Senior Leaving Certificate Examination (including Day School Certificate (Higher) General paper), 1950
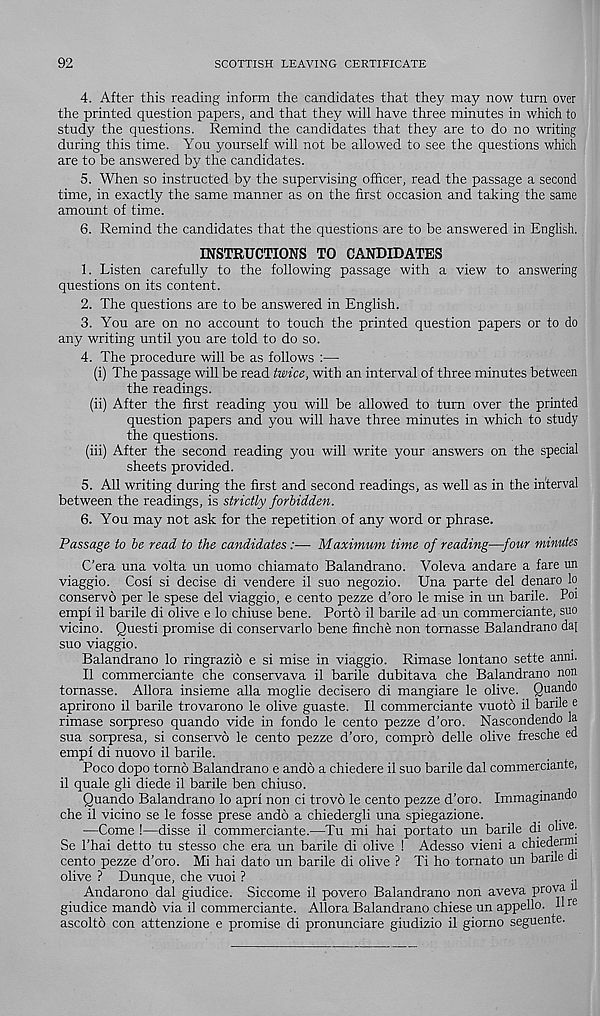
92
SCOTTISH LEAVING CERTIFICATE
4. After this reading inform the candidates that they may now turn over
the printed question papers, and that they will have three minutes in which to
study the questions. Remind the candidates that they are to do no writing
during this time. You yourself will not be allowed to see the questions which
are to be answered by the candidates.
5. When so instructed by the supervising officer, read the passage a second
time, in exactly the same manner as on the first occasion and taking the same
amount of time.
6. Remind the candidates that the questions are to be answered in English.
INSTRUCTIONS TO CANDIDATES
1. Listen carefully to the following passage with a view to answering
questions on its content.
2. The questions are to be answered in English.
3. You are on no account to touch the printed question papers or to do
any writing until you are told to do so.
4. The procedure will be as follows :—
(i) The passage will be read twice, with an interval of three minutes between
the readings.
(ii) After the first reading you will be allowed to turn over the printed
question papers and you will have three minutes in which to study
the questions.
(iii) After the second reading you will write your answers on the special
sheets provided.
5. All writing during the first and second readings, as well as in the interval
between the readings, is strictly forbidden.
6. You may not ask for the repetition of any word or phrase.
Passage to be read to the candidates:— Maximum time of reading—four minutes
C’era una volta un uomo chiamato Balandrano. Voleva andare a fare un
viaggio. Cosi si decise di vendere il suo negozio. Una parte del denaro lo
conserve per le spese del viaggio, e cento pezze d’oro le mise in un barile. Poi
empl il barile di olive e lo chiuse bene. Porto il barile ad un commerciante, suo
vicino. Questi promise di conservarlo bene finche non tomasse Balandrano da[
suo viaggio.
Balandrano lo ringrazib e si mise in viaggio. Rimase lontano sette anni.
Il commerciante che conservava il barile dubitava che Balandrano non
tornasse. Allora insieme alia moglie decisero di mangiare le olive. Quando
aprirono il barile trovarono le olive guaste. Il commerciante vuoto il barile e
rimase sorpreso quando vide in fondo le cento pezze d’oro. Nascondendo la
sua sorpresa, si conserve le cento pezze d’oro, compro delle olive fresche ed
empf di nuovo il barile.
Poco dopo torno Balandrano e andb a chiedere il suo barile dal commerciante,
il quale gli diede il barile ben chiuso.
Quando Balandrano lo aprl non ci trovo le cento pezze d’oro. Immaginando
che il vicino se le fosse prese ando a chiedergli una spiegazione.
—Come !—disse il commerciante.—Tu mi hai portato un barile di olive.
Se Thai detto tu stesso che era un barile di olive ! Adesso vieni a chiedernn
cento pezze d’oro. Mi hai dato un barile di olive ? Ti ho tomato un barile di
olive ? Dunque, che vuoi ?
Andarono dal giudice. Siccome il povero Balandrano non aveva prova i
giudice mando via il commerciante. Allora Balandrano chiese un appello. h rc
ascolto con attenzione e promise di pronunciare giudizio il giorno seguente.